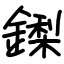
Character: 鏫